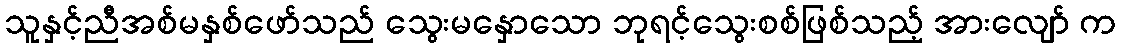
သူနှင့်ညီအစ်မနှစ်ဖော်သည် သွေးမနှောသော ဘုရင့်သွေးစစ်ဖြစ်သည့် အားလျော် က